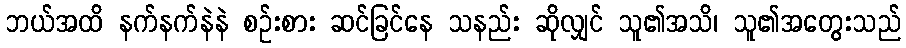
ဘယ်အထိ နက်နက်နဲနဲ စဉ်းစား ဆင်ခြင်နေ သနည်း ဆိုလျှင် သူ၏အသိ၊ သူ၏အတွေးသည်